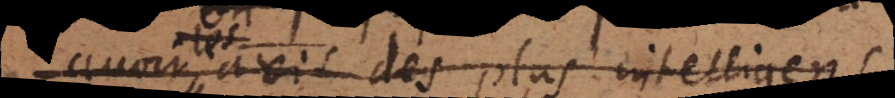
l’avis des plus intelligens.